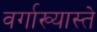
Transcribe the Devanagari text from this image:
वर्गाख्यास्ते